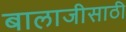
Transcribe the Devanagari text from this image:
बालाजीसाठी